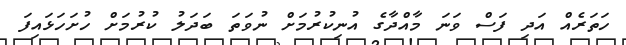
ހަތަރެއް އަދި ފަސް ވަނަ މާއްދާގެ އުނިކުރުމަށް ނުވަތަ ބަދަލު ކުރުމަށް ހުށަހަޅައިފަ